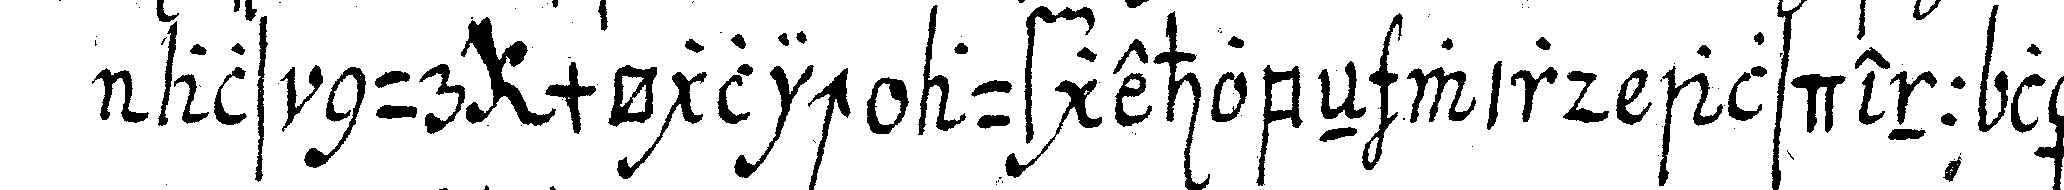
als nur möglich aufgehobeN wird alsdenn lässt